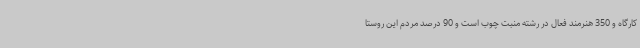
کارگاه و 350 هنرمند فعال در رشته منبت چوب است و 90 درصد مردم این روستا